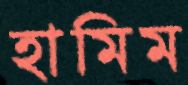
হামিম